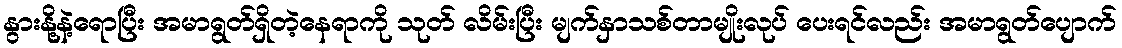
နွားနို့နဲ့ရောပြီး အမာရွတ်ရှိတဲ့နေရာကို သုတ် လိမ်းပြီး မျက်နှာသစ်တာမျိုးလုပ် ပေးရင်လည်း အမာရွတ်ပျောက်